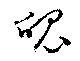
魄